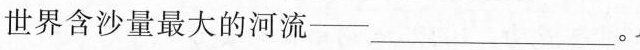
世界含沙量最大的河流—___。